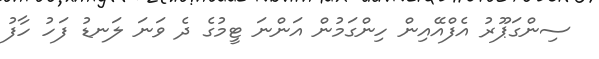
ސިންގަޕޫރު އެފްއޭއިން ހިންގަމުން އަންނަ ޓީމުގެ ދެ ވަނަ ލަނޑު ފަހު ހާފު